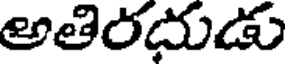
అతిరదుడు